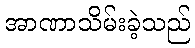
အာဏာသိမ်းခဲ့သည်